Lunatic asylums Central Provinces reports 1910-1926 - 1910-1926
Year: 1910
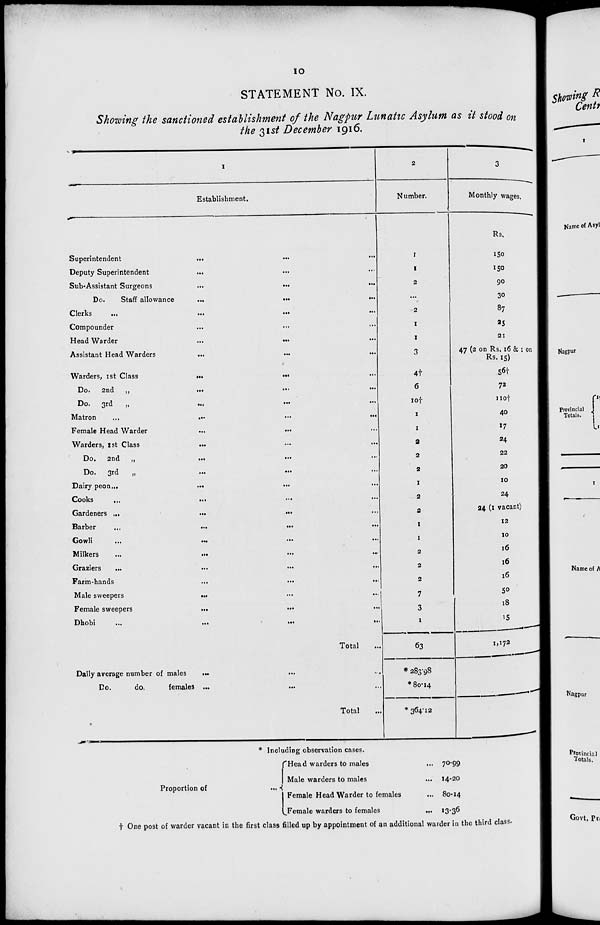
10
STATEMENT No. IX.
Showing the sanctioned establishment of the Nagpur Lunatic Asylum as it stood on
the 31st December 1916.
1
Establishment.
Superintendent
... ... ...
Deputy Superintendent ... ... ...
Sub-Assistant Surgeons ... ... ...
Do.
Staff allowance
...
...
...
Clerks
...
...
...
...
Compounder ... ... ...
Head Warder ... ... ...
Assistant Head Warders ... ... ...
Warders, 1st Class ... ... ...
Do. 2nd „
...
...
...
Do. 3rd
„ ... ... ...
Matron ... ... ... ...
Female Head Warder ... ... ...
Warders, 1st Class ... ... ...
Do. 2nd „
...
...
...
Do.
3rd
„ ... ... ...
Dairy peon ...
...
...
...
Cooks ... ... ... ...
Gardeners ...
...
... ...
Barber
...
...
...
...
Gowli
...
...
...
...
Milkers ... ... ... ...
Graziers
... ... ... ...
Farm-hands ... ... ...
Male sweepers
...
...
...
Female sweepers
...
...
...
Dhobi
...
...
...
...
Total ...
Daily average number of males ... ... ...
Do.
do.
females ... ... ...
Total ...
2
Number.
1
1
2
...
2
1
1
3
4†
6
10†
1
1
2
2
2
1
2
2
1
1
2
2
2
7
3
1
63
* 283.98
* 80.14
* 364.12
3
Monthly wages.
Rs.
150
150
90
30
87
25
21
47 (2 on Rs. 16 & 1 on
Rs. 15)
56†
72
110†
40
17
24
22
20
10
24
24 (1 vacant)
12
10
16
16
16
50
18
15
1,172
* Including observation cases.
Proportion of
...
Head warders to males ...
Male warders to males ...
Female Head Warder to females ...
Female warders to females ...
70.99
14.20
80.14
13.36
† One post of warder vacant in the first class filled up by appointment of an additional warder in the third class.